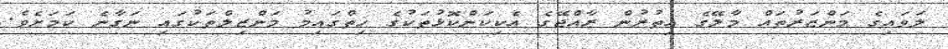
ލަވައިގެ މަންޒަރުތައް މާލޭގެ އިތުރުން ރާއްޖޭގެ އެކިކަންކޮޅުތަކުގެ ހިތްގައިމު މަންޒިލްތަކުގައި ނަގާނެ ކަމަށެވެ.